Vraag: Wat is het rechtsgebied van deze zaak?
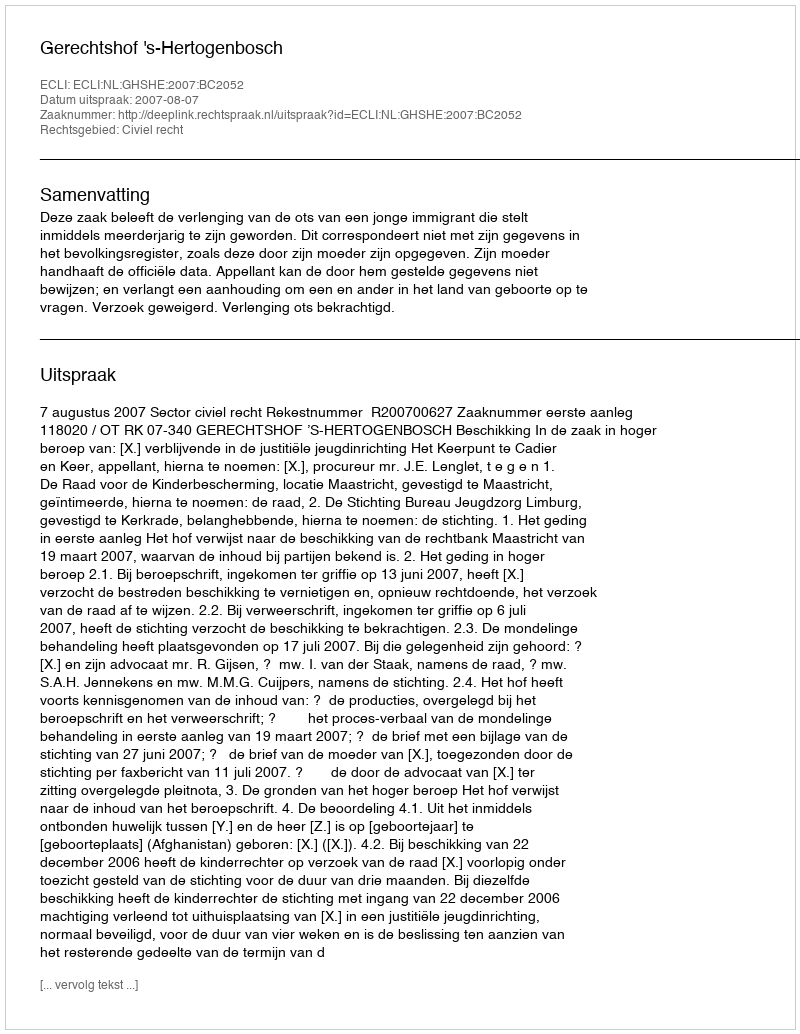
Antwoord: Civiel recht